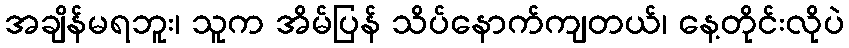
အချိန်မရဘူး၊ သူက အိမ်ပြန် သိပ်နောက်ကျတယ်၊ နေ့တိုင်းလိုပဲ